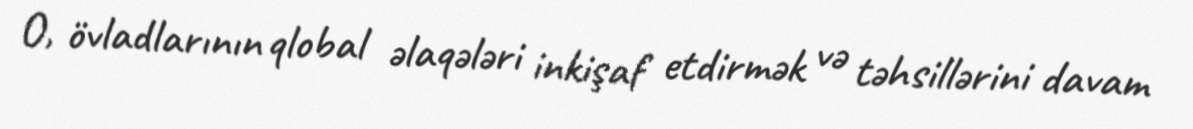
O, övladlarının qlobal əlaqələri inkişaf etdirmək və təhsillərini davam